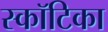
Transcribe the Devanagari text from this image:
स्कॉटिका